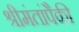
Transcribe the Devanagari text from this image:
श्रीमंतांपैकी